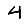
Digit: 4